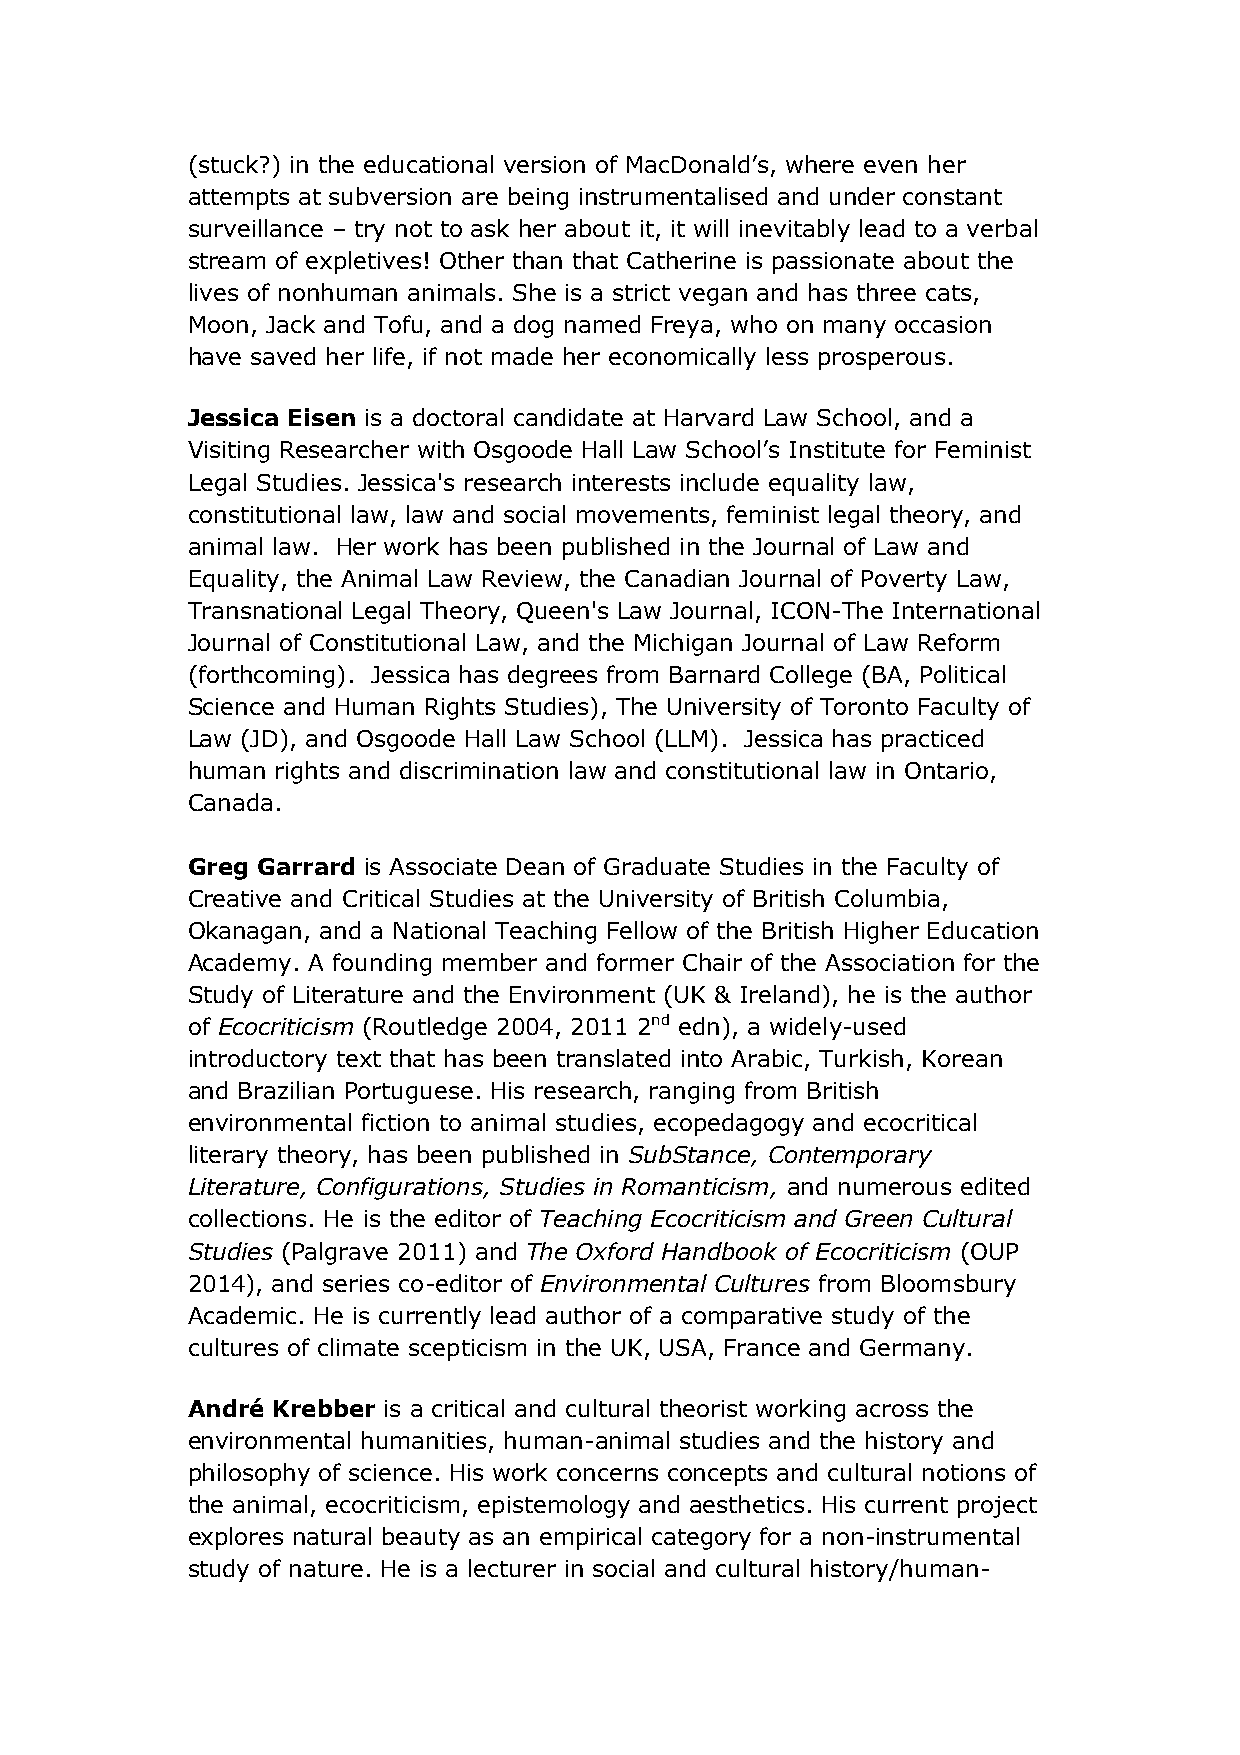
(stuck?) in the educational version of MacDonald’s, where even her
 attempts at subversion are being instrumentalised and under constant
 surveillance – try not to ask her about it, it will inevitably lead to a verbal
 stream of expletives! Other than that Catherine is passionate about the
 lives of nonhuman animals. She is a strict vegan and has three cats,
 Moon, Jack and Tofu, and a dog named Freya, who on many occasion
 have saved her life, if not made her economically less prosperous.
 Jessica Eisen is a doctoral candidate at Harvard Law School, and a
 Visiting Researcher with Osgoode Hall Law School’s Institute for Feminist
 Legal Studies. Jessica's research interests include equality law,
 constitutional law, law and social movements, feminist legal theory, and
 animal law. Her work has been published in the Journal of Law and
 Equality, the Animal Law Review, the Canadian Journal of Poverty Law,
 Transnational Legal Theory, Queen's Law Journal, ICON-The International
 Journal of Constitutional Law, and the Michigan Journal of Law Reform
 (forthcoming). Jessica has degrees from Barnard College (BA, Political
 Science and Human Rights Studies), The University of Toronto Faculty of
 Law (JD), and Osgoode Hall Law School (LLM). Jessica has practiced
 human rights and discrimination law and constitutional law in Ontario,
 Canada.
 Greg Garrard is Associate Dean of Graduate Studies in the Faculty of
 Creative and Critical Studies at the University of British Columbia,
 Okanagan, and a National Teaching Fellow of the British Higher Education
 Academy. A founding member and former Chair of the Association for the
 Study of Literature and the Environment (UK & Ireland), he is the author
 of Ecocriticism (Routledge 2004, 2011 2nd edn), a widely-used
 introductory text that has been translated into Arabic, Turkish, Korean
 and Brazilian Portuguese. His research, ranging from British
 environmental fiction to animal studies, ecopedagogy and ecocritical
 literary theory, has been published in SubStance, Contemporary
 Literature, Configurations, Studies in Romanticism, and numerous edited
 collections. He is the editor of Teaching Ecocriticism and Green Cultural
 Studies (Palgrave 2011) and The Oxford Handbook of Ecocriticism (OUP
 2014), and series co-editor of Environmental Cultures from Bloomsbury
 Academic. He is currently lead author of a comparative study of the
 cultures of climate scepticism in the UK, USA, France and Germany.
 André Krebber is a critical and cultural theorist working across the
 environmental humanities, human-animal studies and the history and
 philosophy of science. His work concerns concepts and cultural notions of
 the animal, ecocriticism, epistemology and aesthetics. His current project
 explores natural beauty as an empirical category for a non-instrumental
 study of nature. He is a lecturer in social and cultural history/human-